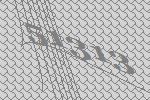
51313